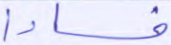
فسادا